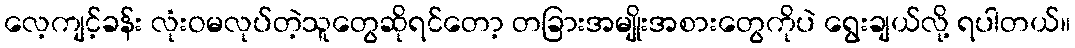
လေ့ကျင့်ခန်း လုံးဝမလုပ်တဲ့သူတွေဆိုရင်တော့ တခြားအမျိုးအစားတွေကိုပဲ ရွေးချယ်လို့ ရပါတယ်။